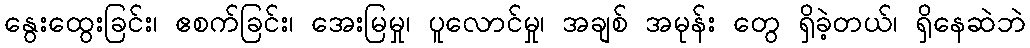
နွေးထွေးခြင်း၊ ဧစက်ခြင်း၊ အေးမြမှု၊ ပူလောင်မှု၊ အချစ် အမုန်း တွေ ရှိခဲ့တယ်၊ ရှိနေဆဲဘဲ